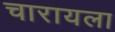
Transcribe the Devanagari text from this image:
चारायला